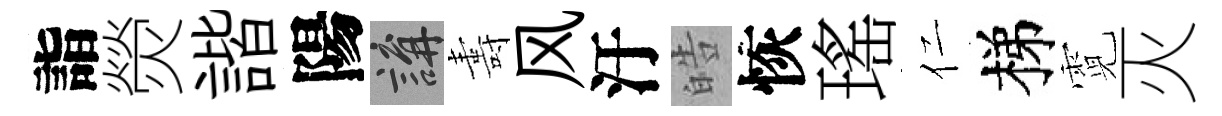
詣熒諧陽講夀风汙皓恢瑤仁梯霓灭